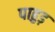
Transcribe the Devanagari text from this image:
पाहुड़